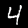
Label: 4